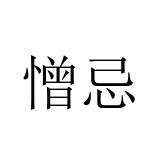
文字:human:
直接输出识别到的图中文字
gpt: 憎忌